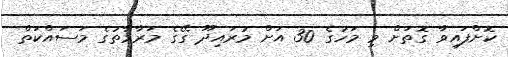
ކޮށްފައިވާ ގޮތަށް މި މަހުގެ 30 އަށް މުރައިދޫ ގޭގެ މަރާމާތުގެ މަސައްކަތް